Report on lock hospitals in British Burma
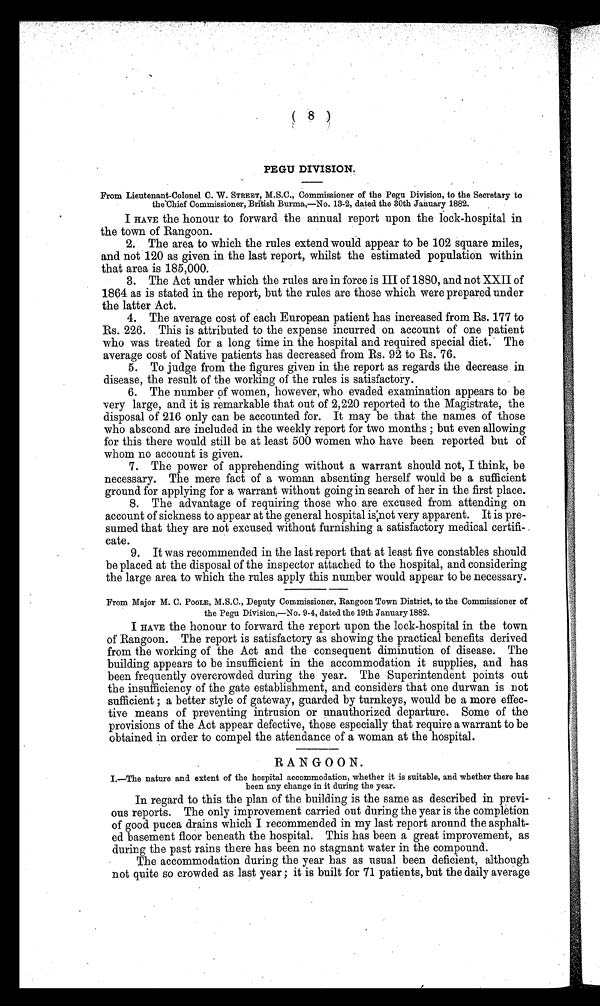
(8)
PEGU DIVISION.
From Lieutenant-Colonel C. W. STREET, M.S.C., Commissioner of the Pegu Division, to the Secretary to
the Chief Commissioner, British Burma,—No. 13-2, dated the 30th January 1882.
I HAVE the honour to forward the annual report upon the lock-hospital in
the town of Rangoon.
2. The area to which the rules extend would appear to be 102 square miles,
and not 120 as given in the last report, whilst the estimated population within
that area is 185,000.
3. The Act under which the rules are in force is III of 1880, and not XXII of
1864 as is stated in the report, but the rules are those which were prepared under
the latter Act.
4. The average cost of each European patient has increased from Rs. 177 to
Rs. 226. This is attributed to the expense incurred on account of one patient
who was treated for a long time in the hospital and required special diet. The
average cost of Native patients has decreased from Rs. 92 to Rs. 76.
5. To judge from the figures given in the report as regards the decrease in
disease, the result of the working of the rules is satisfactory.
6. The number of women, however, who evaded examination appears to be
very large, and it is remarkable that out of 2,220 reported to the Magistrate, the
disposal of 216 only can be accounted for. It may be that the names of those
who abscond are included in the weekly report for two months ; but even allowing
for this there would still be at least 500 women who have been reported but of
whom no account is given.
7. The power of apprehending without a warrant should not, I think, be
necessary. The more fact of a woman absenting herself would be a sufficient
ground for applying for a warrant without going in search of her in the first place.
8. The advantage of requiring those who are excused from attending on
account of sickness to appear at the general hospital is not very apparent. It is pre-
sumed that they are not excused without furnishing a satisfactory medical certifi- .
cate.
9. It was recommended in the last report that at least five constables should
be placed at the disposal of the inspector attached to the hospital, and considering
the large area to which the rules apply this number would appear to be necessary.
From Major M. C. POOLE, M.S.C., Deputy Commissioner, Rangoon Town District, to the Commissioner of
the Pegu Division,—No. 9-4, dated the 19th January 1882.
I HAVE the honour to forward the report upon the lock-hospital in the town
of Rangoon. The report is satisfactory as showing the practical benefits derived
from the working of the Act and the consequent diminution of disease. The
building appears to be insufficient in the accommodation it supplies, and has
been frequently overcrowded during the year. The Superintendent points out
the insufficiency of the gate establishment, and considers that one durwan is not
sufficient ; a better style of gateway, guarded by turnkeys, would be a more effec-
tive means of preventing intrusion or unauthorized departure. Some of the
provisions of the Act appear defective, those especially that require a warrant to be
obtained in order to compel the attendance of a woman at the hospital.
RANGOON.
I.—The nature and extent of the hospital accommodation, whether it is suitable, and whether there has
been any change in it during the year.
In regard to this the plan of the building is the same as described in previ-
ous reports. The only improvement carried out during the year is the completion
of good pucca drains which I recommended in my last report around the asphalt-
ed basement floor beneath the hospital. This has been a great improvement, as
during the past rains there has been no stagnant water in the compound.
The accommodation during the year has as usual been deficient, although
not quite so crowded as last year ; it is built for 71 patients, but the daily average